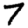
Digit: 7